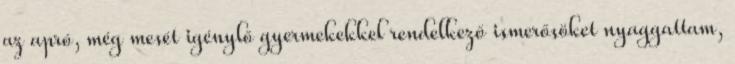
az apró, még mesét igénylő gyermekekkel rendelkező ismerősöket nyaggattam,